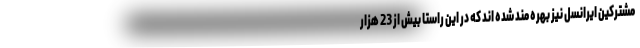
مشترکین ایرانسل نیز بهره مند شده اند که در این راستا بیش از 23 هزار